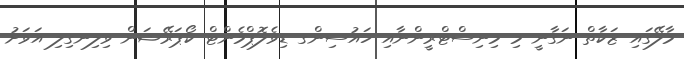
މާލޭގައި ޒަކާތް ނަގާނީ މި މިނިސްޓްރީންނާއި ހައުސިންގ ޑިވެލޮޕްމެންޓް ކޯޕަރޭޝަން ވިލިނގިލި އަވަށު